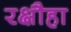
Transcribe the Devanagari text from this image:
रक्षौहा